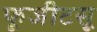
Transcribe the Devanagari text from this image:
फूजीटसू